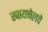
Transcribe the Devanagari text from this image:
स्पायनेलचे